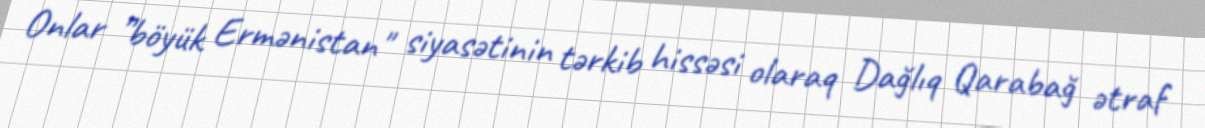
Onlar ”böyük Ermənistan" siyasətinin tərkib hissəsi olaraq Dağlıq Qarabağ ətraf